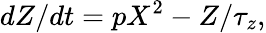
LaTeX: dZ/dt=pX^{2}-Z/\tau_{z},